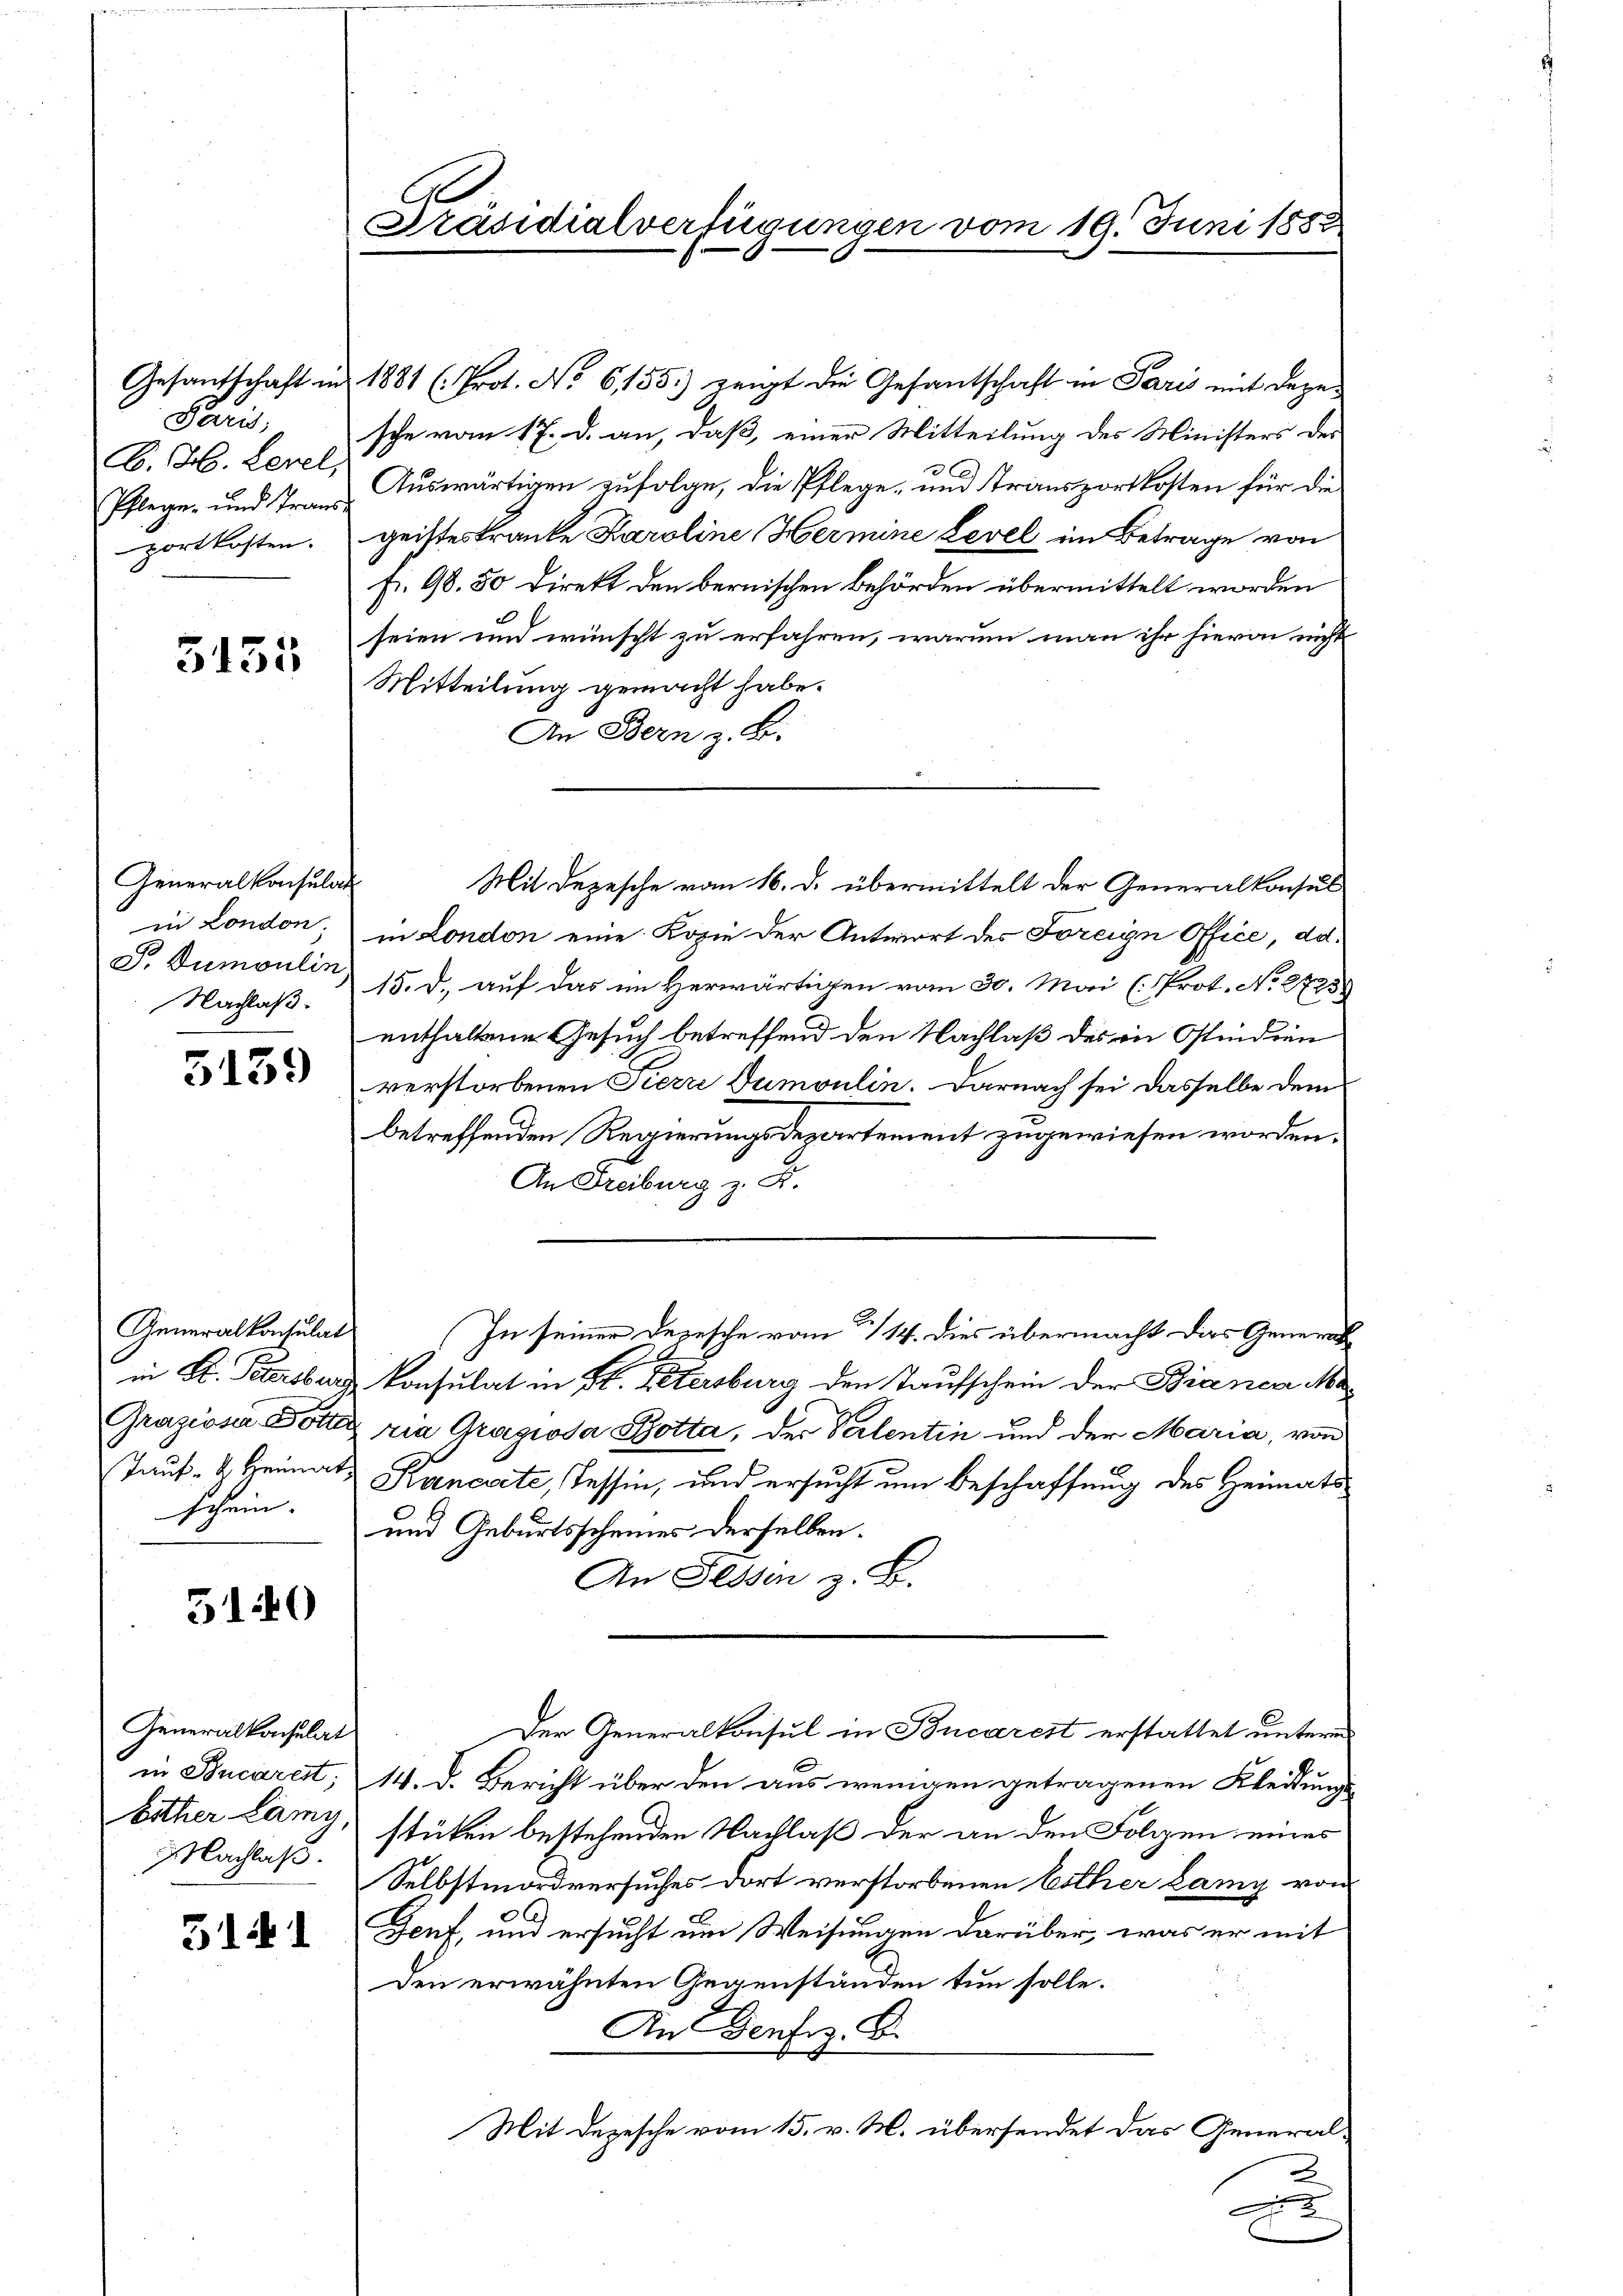
Gesandschaft in
Paris
Pflege und Trans
portkosten.

5155

Generalkonsulat
in London.
Nachlaß.

5139

Generalkonsulat
schein.

5140

Generalkonsulat
Nachlass.

5141

Präsidialverfügungen vom 19. Juni 1882

1881 (Prot. No 6155) zeigt die Gesantschaft in Paris mit dazu
sche vom 17. d. an, daß, einer Mitteilung des Ministers der
b. H. Level, Auswärtigen zufolge, die Pflege- und Transportkosten für die
geisteskranke Karoline Hermine Level im Betrage von
fr. 98. 50 Direkt den bernischen Behörden übermittelt worden
seien und wünscht zu erfahren, warum man ihr hievon nicht
Mitteilung gemacht habe.
An Bern z. B.
in London eine Kopie der Antwort des Foreign Office, ad.
Dr. Dumoulin 15. d. auf das im Herwärtigen vom 30. Mai (Prot. No. 2725)
enthaltene Gesuch betreffend den Nachlaß des in Ostindien
verstorbenen Pierre Dumoulin. Darnach sei dasselbe dem
betreffenden Regierungsdepartement zugewiesen worden.
An Freiburg z. B.
In seiner Depesche vom 3. 14. dies übermacht dies General
in St. Petersburg konsulat in Bl. Petersburg den Taufschein der Bianca Ma¬
Grazioni Dotter ria Gragiosa Botta, der Valentin und der Maria, von
Tauf- u. Heimat Kancrite, Tessin, und ersucht um Beschaffung des Heimats¬
und Geburtsscheines derselben.
An Fessen z. B.
Der Generalkonsul in Bucarest erstattet unterm
in Ducarest; 14. d. Bericht über den aus wenigen getragenen Kleidungs-
bither Lamy, stücken bestehenden Nachlaß der an den Folgen eines
Selbstmordversuches dort verstorbenen bother Lang von
Genf, und ersucht um Weisungen darüber, was er mit
Den erwähnten Gegenständen tun solle.
An Denfiz. B.
Mit Depesche vom 15. v. M. übersendet das General¬
E

Mit Depesche vom 16. d. übermittelt der Generalkonsul